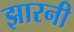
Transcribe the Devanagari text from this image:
झारनी